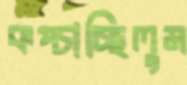
কপ্‌চাচ্ছিলুম